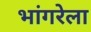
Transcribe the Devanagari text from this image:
भांगरेला